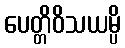
ပေတ္တိဝိသယမ္ပိ